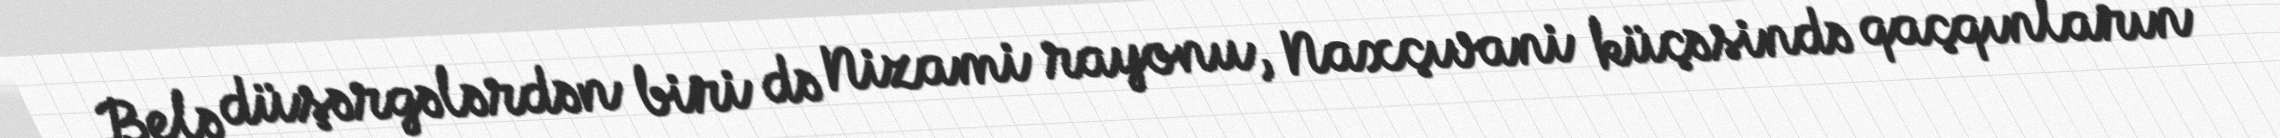
Belə düşərgələrdən biri də Nizami rayonu, Naxçıvani küçəsində qaçqınların